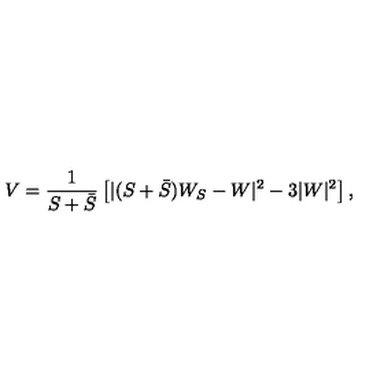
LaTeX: V = \frac { 1 } { S + \bar { S } } \left[ | ( S + \bar { S } ) W _ { S } - W | ^ { 2 } - 3 | W | ^ { 2 } \right] ,